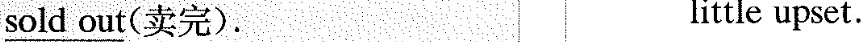
\underline{sold out} (卖完). little upset.